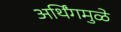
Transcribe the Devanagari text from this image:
अर्थिंगमुळे